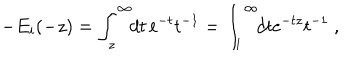
- E _ { i } ( - z ) = \int _ { z } ^ { \infty } \! \! d t \, { \mathrm e } ^ { - t } t ^ { - 1 } = \int _ { 1 } ^ { \infty } \! \! d t { \mathrm e } ^ { - t z } t ^ { - 1 } \ ,